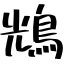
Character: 𪀯